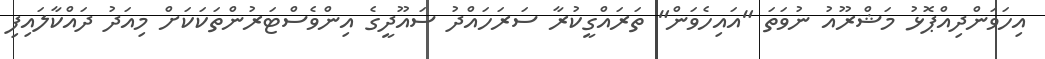
އިހަވަންދިއްޕޮޅު މަޝްރޫއު ނުވަތަ "އައިހެވަން" ތަރައްގީކުރާ ސަރަހައްދު ސައޫދީގެ އިންވެސްޓަރުންތަކަކަށް މިއަދު ދައްކާލައިފި